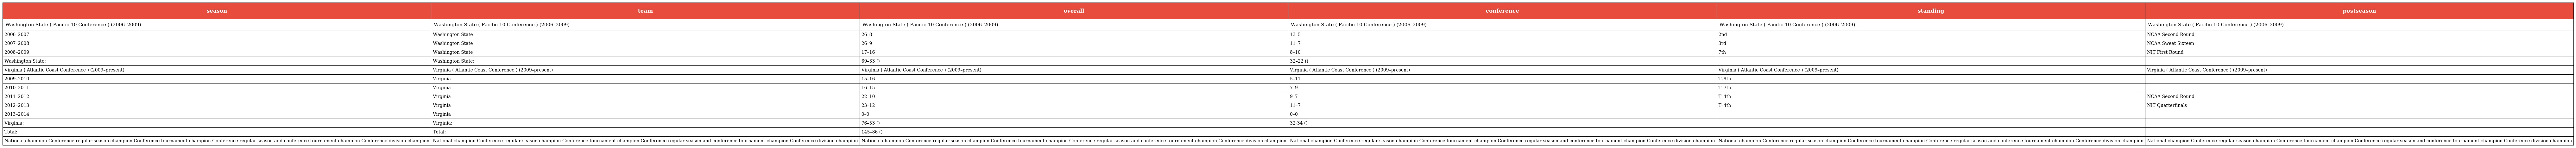
| season | team | overall | conference | standing | postseason |
 | --- | --- | --- | --- | --- | --- |
 | Washington State ( Pacific-10 Conference ) (2006–2009) | Washington State ( Pacific-10 Conference ) (2006–2009) | Washington State ( Pacific-10 Conference ) (2006–2009) | Washington State ( Pacific-10 Conference ) (2006–2009) | Washington State ( Pacific-10 Conference ) (2006–2009) | Washington State ( Pacific-10 Conference ) (2006–2009) |
 | 2006–2007 | Washington State | 26–8 | 13–5 | 2nd | NCAA Second Round |
 | 2007–2008 | Washington State | 26–9 | 11–7 | 3rd | NCAA Sweet Sixteen |
 | 2008–2009 | Washington State | 17–16 | 8–10 | 7th | NIT First Round |
 | Washington State: | Washington State: | 69–33 () | 32–22 () |  |  |
 | Virginia ( Atlantic Coast Conference ) (2009–present) | Virginia ( Atlantic Coast Conference ) (2009–present) | Virginia ( Atlantic Coast Conference ) (2009–present) | Virginia ( Atlantic Coast Conference ) (2009–present) | Virginia ( Atlantic Coast Conference ) (2009–present) | Virginia ( Atlantic Coast Conference ) (2009–present) |
 | 2009–2010 | Virginia | 15–16 | 5–11 | T–9th |  |
 | 2010–2011 | Virginia | 16–15 | 7–9 | T–7th |  |
 | 2011–2012 | Virginia | 22–10 | 9–7 | T–4th | NCAA Second Round |
 | 2012–2013 | Virginia | 23–12 | 11–7 | T–4th | NIT Quarterfinals |
 | 2013–2014 | Virginia | 0–0 | 0–0 |  |  |
 | Virginia: | Virginia: | 76–53 () | 32-34 () |  |  |
 | Total: | Total: | 145–86 () |  |  |  |
 | National champion Conference regular season champion Conference tournament champion Conference regular season and conference tournament champion Conference division champion | National champion Conference regular season champion Conference tournament champion Conference regular season and conference tournament champion Conference division champion | National champion Conference regular season champion Conference tournament champion Conference regular season and conference tournament champion Conference division champion | National champion Conference regular season champion Conference tournament champion Conference regular season and conference tournament champion Conference division champion | National champion Conference regular season champion Conference tournament champion Conference regular season and conference tournament champion Conference division champion | National champion Conference regular season champion Conference tournament champion Conference regular season and conference tournament champion Conference division champion |